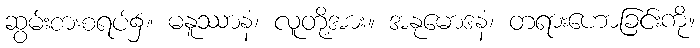
ဆွမ်းစားစရပ်၌။ မနူဿာနံ၊ လူတို့အား။ အနုမောဒနံ၊ တရားဟောခြင်းကို။